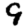
Digit: 9